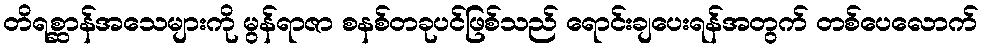
တိရစ္ဆာန်အသေများကို မွန်ရာဇာ စနစ်တခုပင်ဖြစ်သည် ရောင်းချပေးရန်အတွက် တစ်ပေလောက်